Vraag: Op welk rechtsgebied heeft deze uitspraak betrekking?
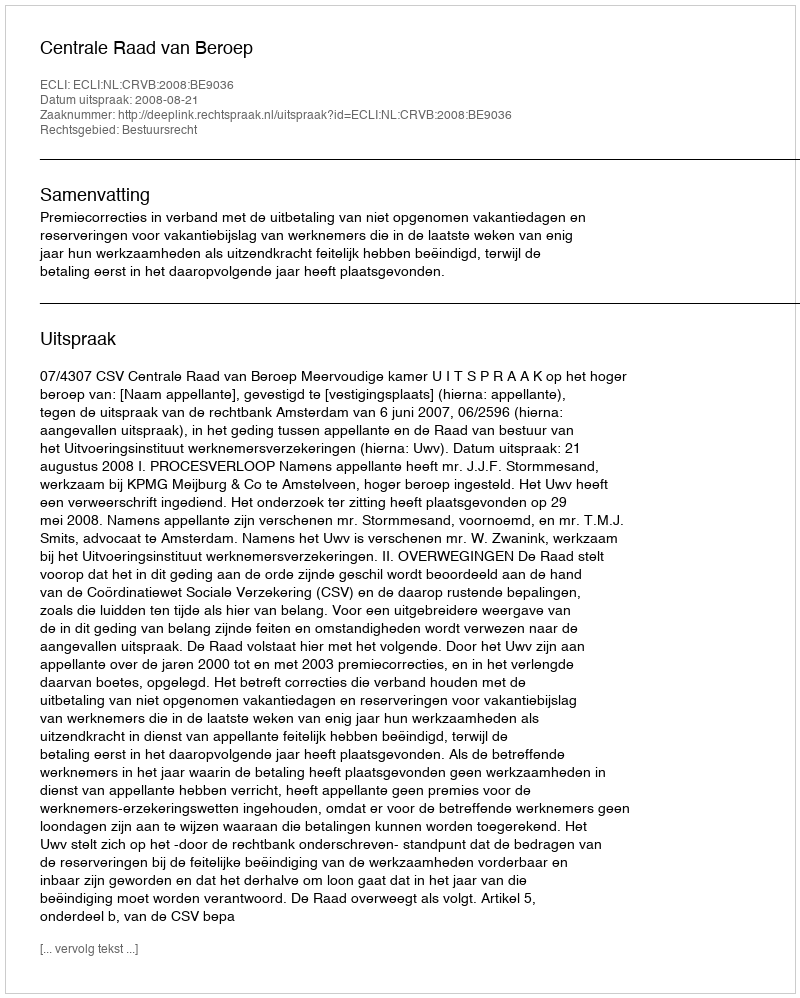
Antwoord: Bestuursrecht